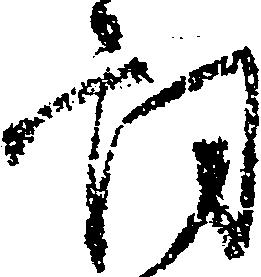
詞